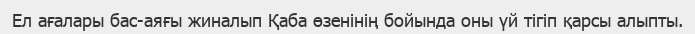
Ел ағалары бас-аяғы жиналып Қаба өзенінің бойында оны үй тігіп қарсы алыпты.